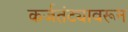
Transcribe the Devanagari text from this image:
कर्जतंट्यावरून